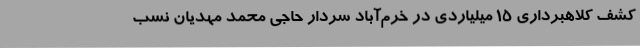
کشف کلاهبرداری 15 میلیاردی در خرم‌آباد سردار حاجی محمد مهدیان نسب